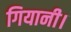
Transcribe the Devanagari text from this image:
गियानी।